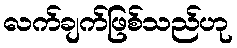
လက်ချက်ဖြစ်သည်ဟု